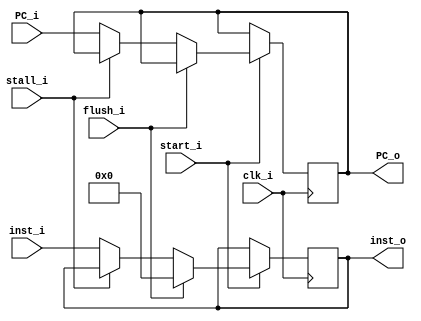
module IF_ID (
    clk_i, start_i, flush_i, stall_i, 
    inst_i, PC_i,
    inst_o, PC_o
);

input         clk_i, start_i, flush_i, stall_i;
input  [31:0] inst_i, PC_i;
output [31:0] inst_o, PC_o;
reg    [31:0] inst  , PC  ;

assign inst_o = inst;
assign PC_o = PC;

always @(posedge clk_i) begin
    if (start_i) begin
        if (flush_i) begin
            inst <= 32'b0;
        end
        else if (~stall_i) begin
            inst <= inst_i;
            PC <= PC_i;
        end
    end
end


endmodule